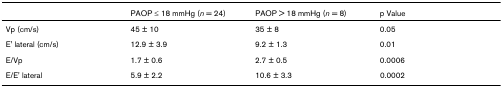
|  | PAOP ≤ 18 mmHg (n = 24) | PAOP > 18 mmHg (n = 8) | p Value |
 | --- | --- | --- | --- |
 | Vp (cm/s) | 45 ± 10 | 35 ± 8 | 0.05 |
 | E' lateral (cm/s) | 12.9 ± 3.9 | 9.2 ± 1.3 | 0.01 |
 | E/Vp | 1.7 ± 0.6 | 2.7 ± 0.5 | 0.0006 |
 | E/E' lateral | 5.9 ± 2.2 | 10.6 ± 3.3 | 0.0002 |